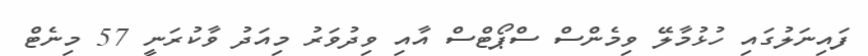
ފައިނަލުގައި ހުޅުމާލޭ ވިމެންސް ސްޕޯޓްސް އާއި ވިދުވަރު މިއަދު ވާކުރަނީ 57 މިނެޓް